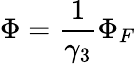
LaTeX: \Phi=\frac{1}{\gamma_{3}}\Phi_{F}